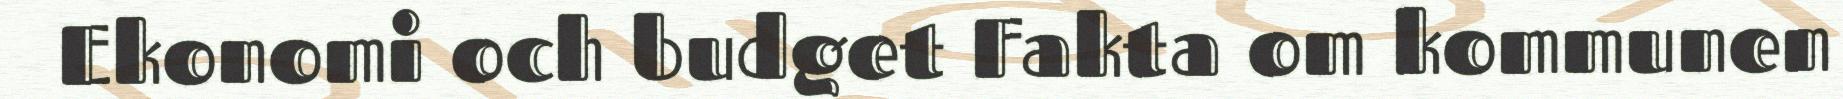
Ekonomi och budget Fakta om kommunen